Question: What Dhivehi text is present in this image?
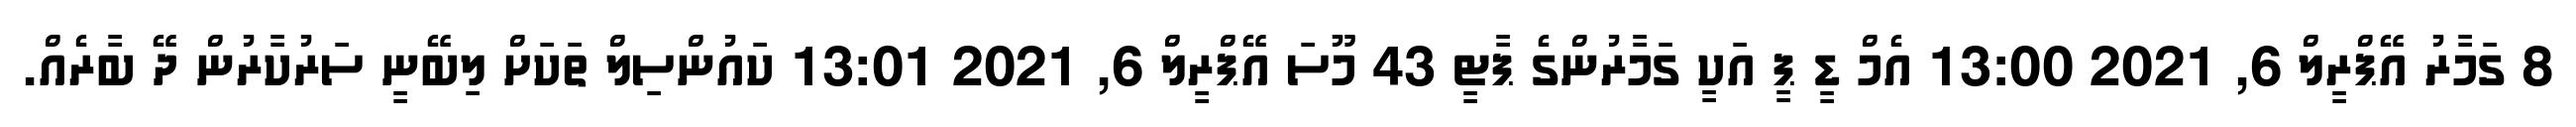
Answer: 8 ގަމާރު އޭޕްރީލް 6, 2021 13:00 އެމް ޑީ ޕީ އަކީ ގަމާރުންގެ ޕާޓީ 43 މޫސަ އޭޕްރީލް 6, 2021 13:01 ކައުންސިލް ތަކަށް ލިބޭނީ ސަރުކާރުން ދޭ ބާރެއް.